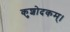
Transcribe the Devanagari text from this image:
कुशोदकम्।